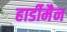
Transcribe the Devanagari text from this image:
हार्डीमैन